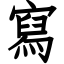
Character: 寫